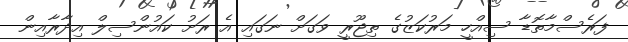
ފަރެސްމާތޮޑާ ސިއްހީ މަރުކަޒުގެ ތިޖޫރީ ވަގަށް ނަގައި އެ ރަށު ކައުންސިލް އިދާރާއިން